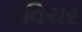
વિચર